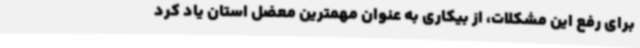
برای رفع این مشکلات، از بیکاری به عنوان مهمترین معضل استان یاد کرد